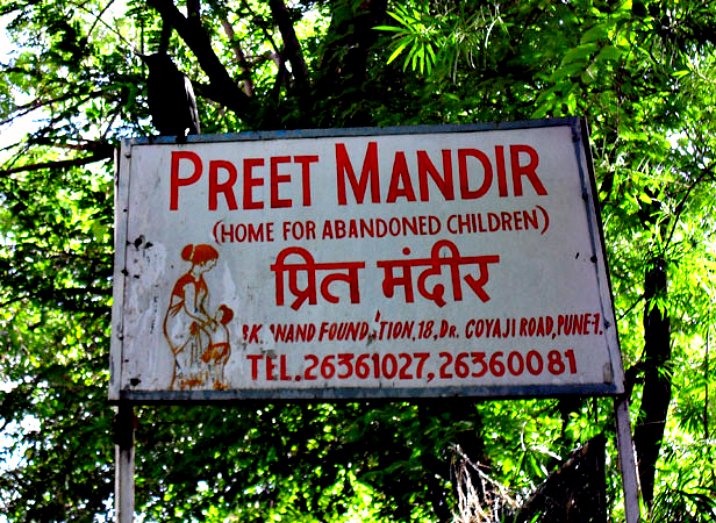
Language: hindi
Transcription: मंदीर प्रित